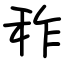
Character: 秨